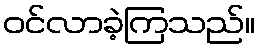
ဝင်လာခဲ့ကြသည်။